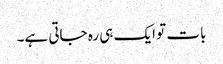
بات تو ایک ہی رہ جاتی ہے۔